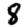
Digit: 8